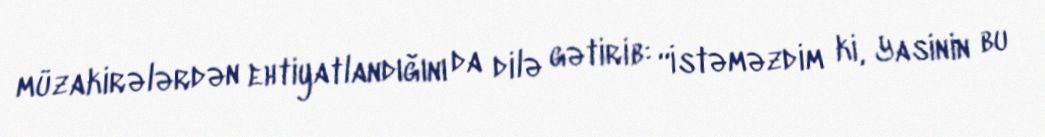
müzakirələrdən ehtiyatlandığını da dilə gətirib: “İstəməzdim ki, Yasinin bu